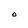
Character: O